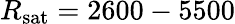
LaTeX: R_{\textrm{sat}}=2600-5500